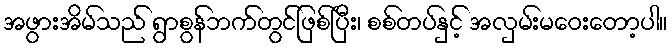
အဖွားအိမ်သည် ရွာစွန်ဘက်တွင်ဖြစ်ပြီး၊ စစ်တပ်နှင့် အလှမ်းမဝေးတော့ပါ။